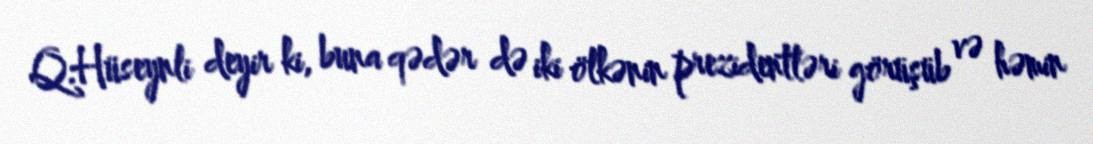
Q.Hüseynli deyir ki, buna qədər də iki ölkənin prezidentləri görüşüb və həmin